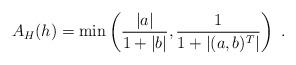
LaTeX: \begin{align*} A_H(h) = \min \left( \frac{|a|}{1+|b|},\frac{1}{1+|(a,b)^T|}\right)~. \end{align*}